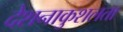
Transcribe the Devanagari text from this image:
देशनाकुशलता